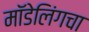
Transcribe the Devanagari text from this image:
मॉडेलिंगचा